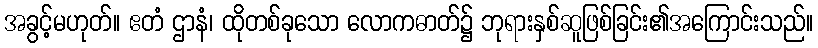
အခွင့်မဟုတ်။ ဧတံ ဌာနံ၊ ထိုတစ်ခုသော လောကဓာတ်၌ ဘုရားနှစ်ဆူဖြစ်ခြင်း၏အကြောင်းသည်။